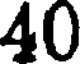
40